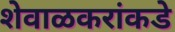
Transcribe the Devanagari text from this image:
शेवाळकरांकडे